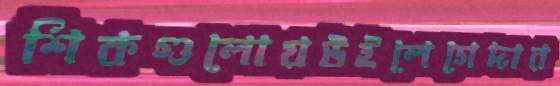
শিকগুলোয়উইলেগেদার